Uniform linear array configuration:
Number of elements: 12
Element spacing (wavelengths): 0.5
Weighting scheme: hamming
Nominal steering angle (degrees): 0
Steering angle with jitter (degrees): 1.084
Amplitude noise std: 0.05
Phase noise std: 0.05

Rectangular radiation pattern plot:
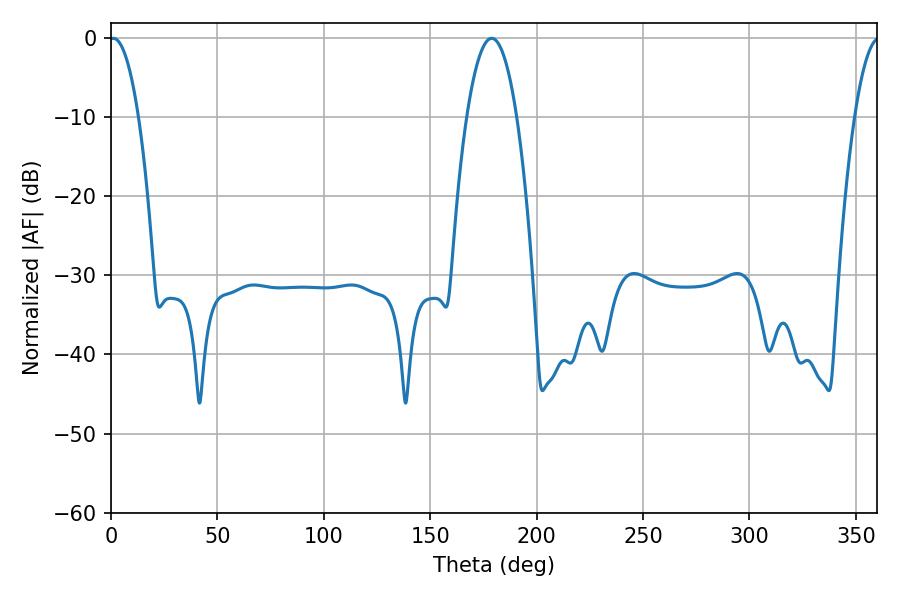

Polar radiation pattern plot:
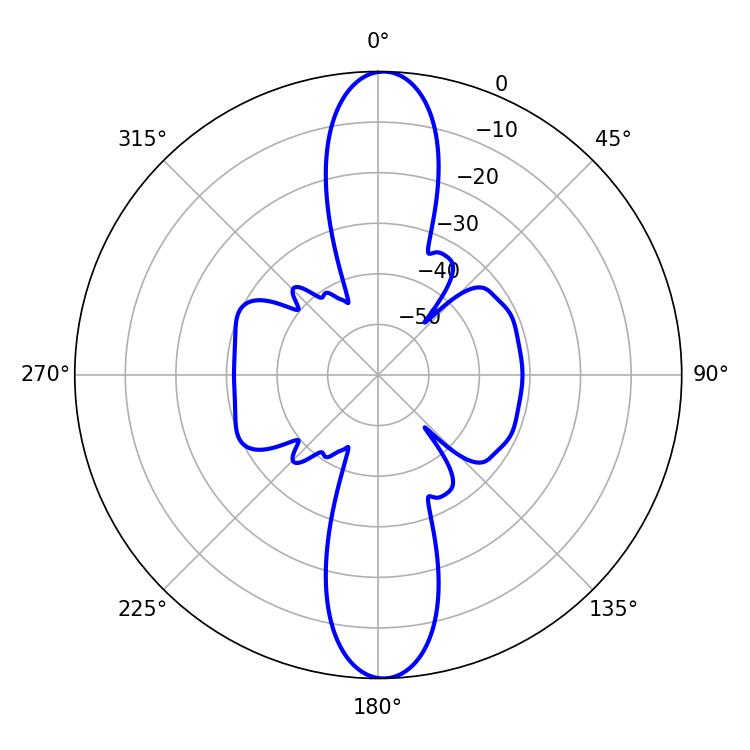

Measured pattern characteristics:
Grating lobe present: FALSE
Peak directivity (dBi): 23.233
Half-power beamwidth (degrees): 7.56
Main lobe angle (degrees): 1.08